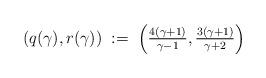
LaTeX: \begin{align*}(q(\gamma),r(\gamma))\;:=\;\textstyle\Big(\frac{4(\gamma+1)}{\gamma-1},\frac{3(\gamma+1)}{\gamma+2}\Big)\end{align*}